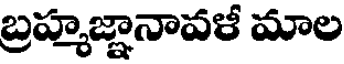
బ్రహ్మజ్ఞానావళీ మాల